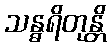
သန္ဓရိတုန္တိ